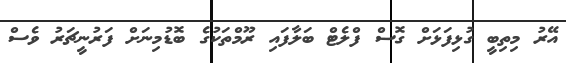
އޭރު މިތިބީ ގުޅިފަޅަށް ގޮސް ފްލެޓް ބަލާފައި ރޫމްތަކުގެ ބޮޑުމިނަށް ފަރުނީޗަރު ވެސް